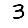
Digit: 3